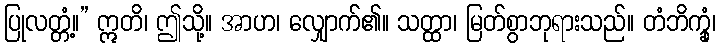
ပြုလတ္တံ့။” ဣတိ၊ ဤသို့။ အာဟ၊ လျှောက်၏။ သတ္ထာ၊ မြတ်စွာဘုရားသည်။ တံဘိက္ခုံ၊